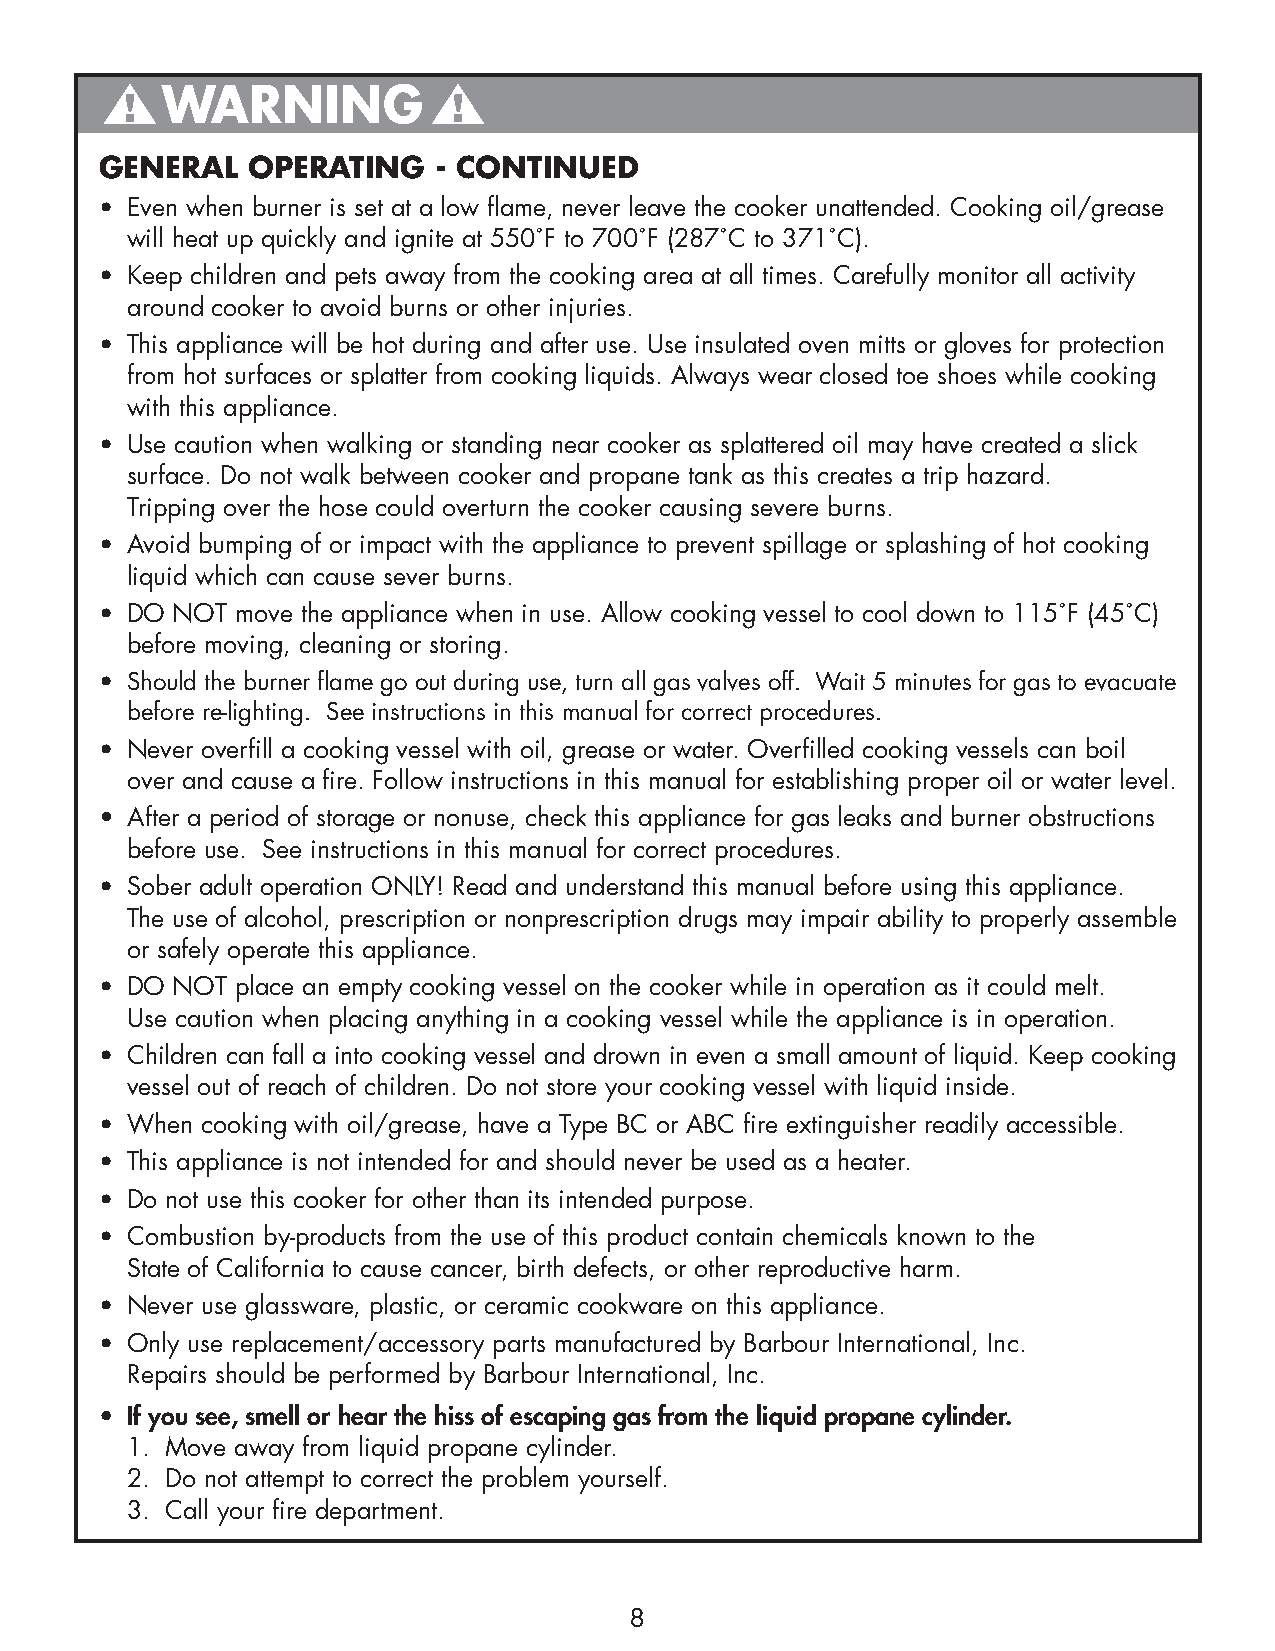
WARNING
 GENERAL  OPERATING    - CONTINUED
 • Even when burner is set at a low flame, never leave the cooker unattended. Cooking oil/grease
 will heat up quickly and ignite at 550˚F to 700˚F (287˚C to 371˚C).
 • Keep children and pets away from the cooking area at all times. Carefully monitor all activity
 around cooker to avoid burns or other injuries.
 • This appliance will be hot during and after use. Use insulated oven mitts or gloves for protection
 from hot surfaces or splatter from cooking liquids. Always wear closed toe shoes while cooking
 with this appliance.
 • Use caution when walking or standing near cooker as splattered oil may have created a slick
 surface. Do not walk between cooker and propane tank as this creates a trip hazard.
 Tripping over the hose could overturn the cooker causing severe burns.
 • Avoid bumping of or impact with the appliance to prevent spillage or splashing of hot cooking
 liquid which can cause sever burns.
 • DO NOT move the appliance when in use. Allow cooking vessel to cool down to 115˚F (45˚C)
 before moving, cleaning or storing.
 • Should the burner flame go out during use, turn all gas valves off. Wait 5 minutes for gas to evacuatebefore re-lighting. See instructions in this manual for correct procedures.
 • Never overfill a cooking vessel with oil, grease or water. Overfilled cooking vessels can boilover and cause a fire. Follow instructions in this manual for establishing proper oil or water level.
 • After a period of storage or nonuse, check this appliance for gas leaks and burner obstructions
 before use. See instructions in this manual for correct procedures.
 • Sober adult operation ONLY! Read and understand this manual before using this appliance.
 The use of alcohol, prescription or nonprescription drugs may impair ability to properly assembleor safely operate this appliance.
 • DO NOT place an empty cooking vessel on the cooker while in operation as it could melt.
 Use caution when placing anything in a cooking vessel while the appliance is in operation.
 • Children can fall a into cooking vessel and drown in even a small amount of liquid. Keep cookingvessel out of reach of children. Do not store your cooking vessel with liquid inside.
 • When cooking with oil/grease, have a Type BC or ABC fire extinguisher readily accessible.
 • This appliance is not intended for and should never be used as a heater.
 • Do not use this cooker for other than its intended purpose.
 • Combustion by-products from the use of this product contain chemicals known to the
 State of California to cause cancer, birth defects, or other reproductive harm.
 • Never use glassware, plastic, or ceramic cookware on this appliance.
 • Only use replacement/accessory parts manufactured by Barbour International, Inc.
 Repairs should be performed by Barbour International, Inc.
 • If you see, smell or hear the hiss of escaping gas from the liquid propane cylinder.
 1. Move away from liquid propane cylinder.
 2. Do not attempt to correct the problem yourself.
 3. Call your fire department.
 8